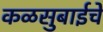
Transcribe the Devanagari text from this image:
कळसुबाईचे